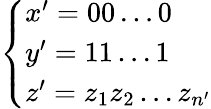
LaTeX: \left\{ \begin{array}{ll}{x^{\prime}=00\ldots 0}\\ {y^{\prime}=11\ldots 1}\\ {z^{\prime}=z_{1}z_{2}\ldots z_{n^{\prime}}}\end{array}\right.